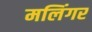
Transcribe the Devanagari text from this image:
मलिंगर